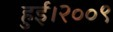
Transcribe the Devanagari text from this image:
हुई।२००९